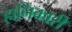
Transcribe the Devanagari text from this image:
हानिकारी